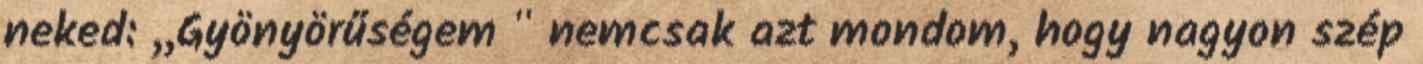
neked: ,,Gyönyörűségem " nemcsak azt mondom, hogy nagyon szép